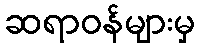
ဆရာဝန်များမှ